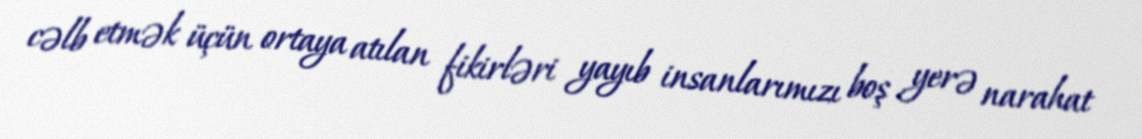
cəlb etmək üçün ortaya atılan fikirləri yayıb insanlarımızı boş yerə narahat